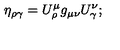
\eta _ { \rho \gamma } = U _ { \rho } ^ { \mu } g _ { \mu \nu } U _ { \gamma } ^ { \nu } ;